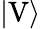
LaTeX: |\mathrm{V}\rangle